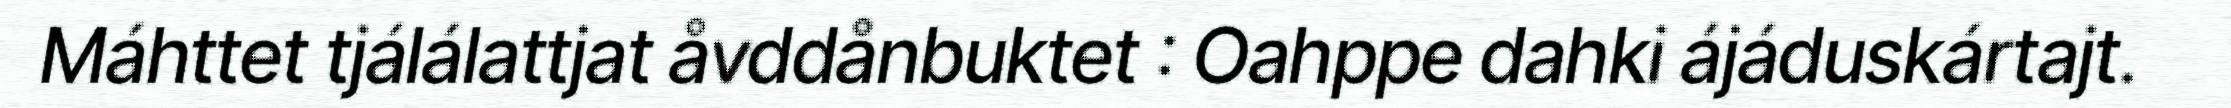
Máhttet tjálálattjat åvddånbuktet : Oahppe dahki ájáduskártajt.